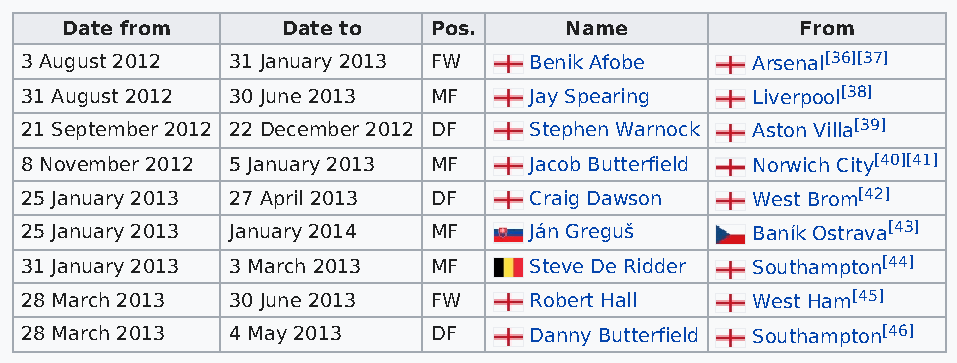
Date from      Date to  Pos.     Name            From
 3 August 2012 31 January 2013 FW  Benik Afobe    Arsenal[36][37]
 31 August 2012 30 June 2013 MF    Jay Spearing   Liverpool[38]
 21 September 2012 22 December 2012 DF Stephen Warnock Aston Villa[39]
 8 November 2012 5 January 2013 MF Jacob Butterfield Norwich City[40][41]
 25 January 2013 27 April 2013 DF  Craig Dawson   West Brom[42]
 25 January 2013 January 2014 MF   Ján Greguš     Baník Ostrava[43]
 31 January 2013 3 March 2013 MF   Steve De Ridder Southampton[44]
 28 March 2013 30 June 2013 FW     Robert Hall    West Ham[45]
 28 March 2013 4 May 2013   DF     Danny Butterfield Southampton[46]